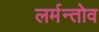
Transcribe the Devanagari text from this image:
लर्मन्तोव